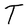
Character: T